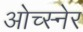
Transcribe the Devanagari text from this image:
ओच्स्नेर